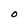
Character: O